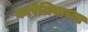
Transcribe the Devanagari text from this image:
कारेलियाच्या